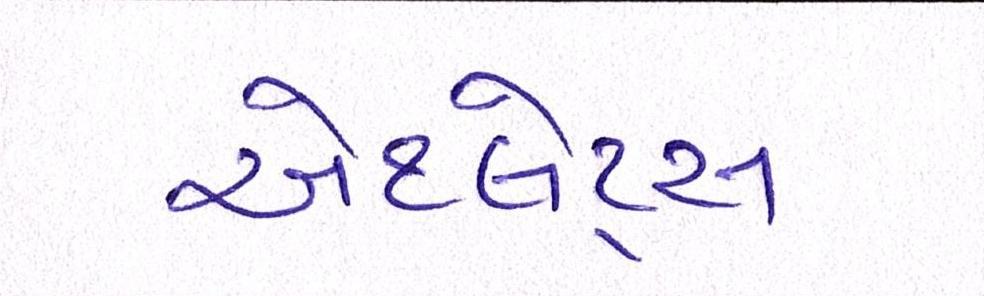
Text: એથ્લેટ્સ